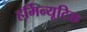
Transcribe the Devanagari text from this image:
हर्मिन्यूटिक